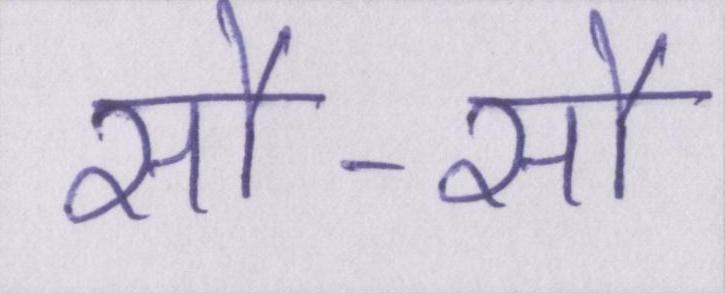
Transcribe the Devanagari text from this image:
सौ-सौ